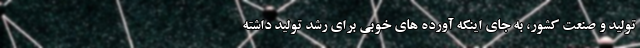
تولید و صنعت کشور، به جای اینکه آورده های خوبی برای رشد تولید داشته